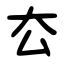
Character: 厺